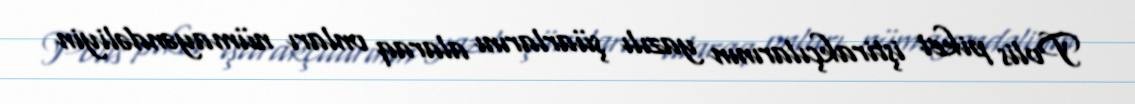
Polis piket iştirakçılarının yazılı şüarlarını alaraq onları nümayəndəliyin